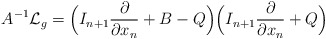
\begin{align*} A^{-1}\mathcal{L}_g = \Bigl(I_{n+1}\frac{\partial }{\partial x_n} + B - Q\Bigr)\Bigl(I_{n+1}\frac{\partial }{\partial x_n} + Q\Bigr) \end{align*}